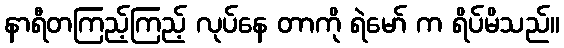
နာရီတကြည့်ကြည့် လုပ်နေ တာကို ရဲမော် က ရိပ်မိသည်။